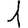
Digit: 1